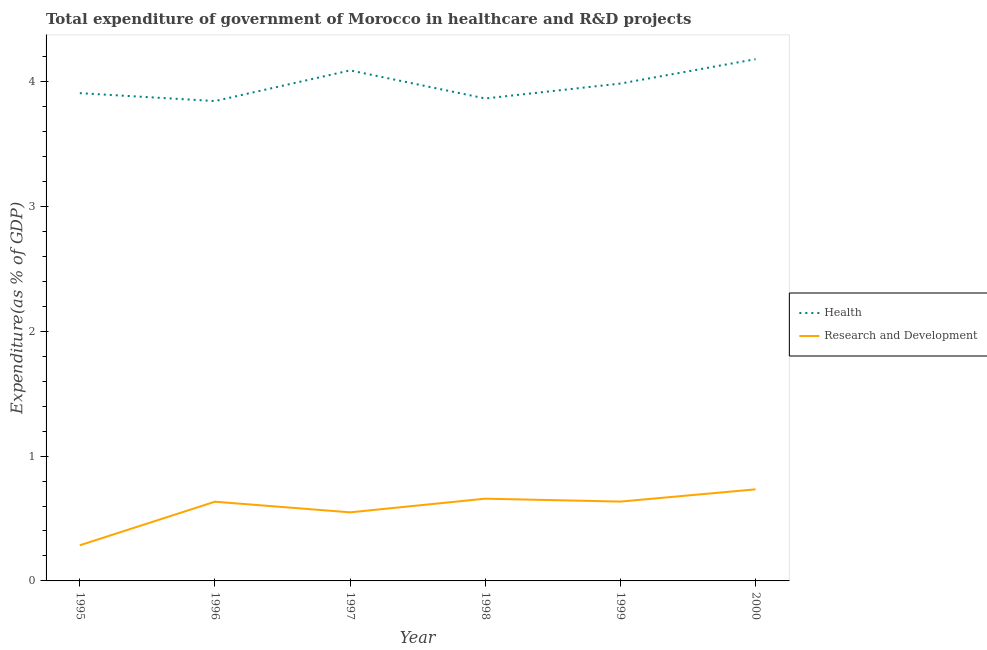
| Year | Health | Research and Development |
 | --- | --- | --- |
 | 1995 | 3.91 | 0.286 |
 | 1996 | 3.84 | 0.635 |
 | 1997 | 4.09 | 0.55 |
 | 1998 | 3.87 | 0.659 |
 | 1999 | 3.99 | 0.636 |
 | 2000 | 4.18 | 0.734 |